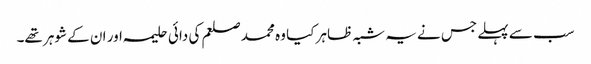
سب سے پہلے جس نے یہ شبہ ظاہر کیا وہ محمد صلعم کی دائی حلیمہ اور ان کے شوہر تھے۔